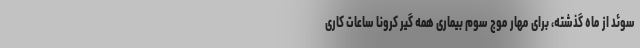
سوئد از ماه گذشته، برای مهار موج سوم بیماری همه گیر کرونا ساعات کاری